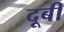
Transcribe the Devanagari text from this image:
दूबी